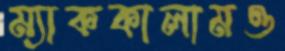
ম্যাককালামও